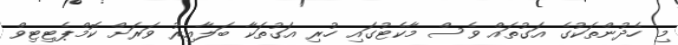
މި ހެދުންތަކުގެ އަގުތައް ވެސް މާކެޓުގައި ހުރި އަގުތަކާ ބަލާއިރު ވަރަށް ކޮމްޕެޓިޓިވް